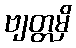
ဗျတ္တမှိ